Enquiry on enteric fever in India - Number 32
Disease focus: Fever
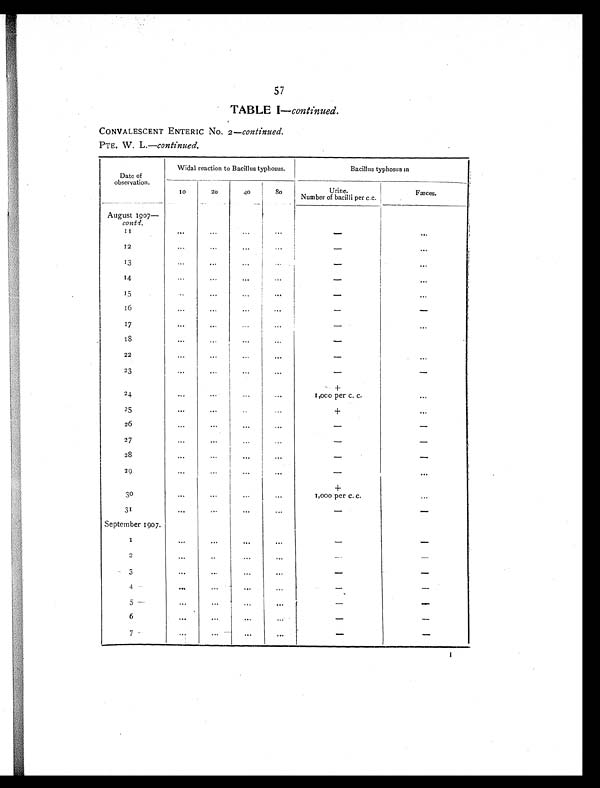
57
TABLE I — continued.
CONVALESCENT ENTERIC No. 2— continued.
PTE. W. L.—continued.
Date of
observation.
Widal reaction to Bacillus typhosus.
Bacillus typhosus in
10
20
40
80
Urine.
Number of bacilli per c.c.
Fæces.
August 1907—
contd.
1 1
...
...
...
...
-
...
12
...
...
...
...
-
. . .
13
...
...
...
...
-
...
14
. . .
. . .
. . .
. . .
-
. . .
15
...
...
...
. . .
-
...
16
...
...
. . .
...
-
-
17
...
...
. . .
. . .
-
. . .
1 8 ...
...
...
. . .
-
22
...
...
...
. . .
-
...
23
...
...
...
...
-
-
+
24
...
...
...
...
1,000 per c. c.
. . .
25
. . . ...
...
...
+
...
26
. . . ...
. . .
....
-
-
27
...
...
...
...
-
-
28
. . . ...
. . .
...
-
-
29
...
...
...
. . .
-
. . .
...
+
30
...
...
. . .
. . .
1,000 per c. c.
...
31
...
...
...
...
-
-
September 1907.
1
. . .
. . .
. . .
. . .
-
-
2
. . .
. . .
. . .
. . .
-
-
3
...
...
...
...
-
-
4
. . .
...
...
...
-
-
5
. . .
. . .
. . .
. . .
-
-
6
...
...
...
...
-
-
7
. . .
. . .
. . .
. . .
-
-